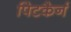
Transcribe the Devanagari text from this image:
पिटकैर्न